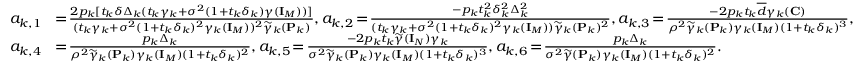
\begin{array} { r l } { a _ { k , 1 } } & { \! = \! \frac { 2 p _ { k } [ t _ { k } \delta \Delta _ { k } ( t _ { k } \gamma _ { k } + \sigma ^ { 2 } ( 1 + t _ { k } \delta _ { k } ) \gamma ( { \mathbf { I } } _ { M } ) ) ] } { ( t _ { k } \gamma _ { k } + \sigma ^ { 2 } ( 1 + t _ { k } \delta _ { k } ) ^ { 2 } \gamma _ { k } ( { \mathbf { I } } _ { M } ) ) ^ { 2 } \widetilde { \gamma } _ { k } ( { \mathbf { P } } _ { k } ) } , a _ { k , 2 } \! = \! \frac { - p _ { k } t _ { k } ^ { 2 } \delta _ { k } ^ { 2 } \Delta _ { k } ^ { 2 } } { ( t _ { k } \gamma _ { k } + \sigma ^ { 2 } ( 1 + t _ { k } \delta _ { k } ) ^ { 2 } \gamma _ { k } ( { \mathbf { I } } _ { M } ) ) \widetilde { \gamma } _ { k } ( { \mathbf { P } } _ { k } ) ^ { 2 } } , a _ { k , 3 } \! = \! \frac { - 2 p _ { k } t _ { k } \overline { { d } } \gamma _ { k } ( { \mathbf { C } } ) } { \rho ^ { 2 } \widetilde { \gamma } _ { k } ( { \mathbf { P } } _ { k } ) \gamma _ { k } ( { \mathbf { I } } _ { M } ) ( 1 + t _ { k } \delta _ { k } ) ^ { 3 } } , } \\ { a _ { k , 4 } } & { \! = \! \frac { p _ { k } \Delta _ { k } } { \rho ^ { 2 } \widetilde { \gamma } _ { k } ( { \mathbf { P } } _ { k } ) \gamma _ { k } ( { \mathbf { I } } _ { M } ) ( 1 + t _ { k } \delta _ { k } ) ^ { 2 } } , a _ { k , 5 } \! = \! \frac { - 2 p _ { k } t _ { k } \widetilde { \gamma } ( { \mathbf { I } } _ { N } ) \gamma _ { k } } { \sigma ^ { 2 } \widetilde { \gamma } _ { k } ( { \mathbf { P } } _ { k } ) \gamma _ { k } ( { \mathbf { I } } _ { M } ) ( 1 + t _ { k } \delta _ { k } ) ^ { 3 } } , a _ { k , 6 } \! = \! \frac { p _ { k } \Delta _ { k } } { \sigma ^ { 2 } \widetilde { \gamma } ( { \mathbf { P } } _ { k } ) \gamma _ { k } ( { \mathbf { I } } _ { M } ) ( 1 + t _ { k } \delta _ { k } ) ^ { 2 } } . } \end{array}